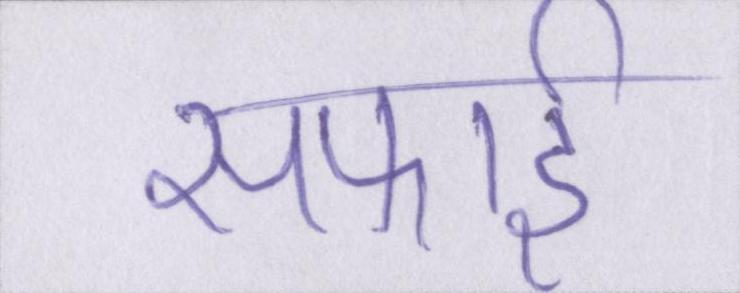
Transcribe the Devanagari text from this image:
सफाई